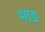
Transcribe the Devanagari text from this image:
भाड